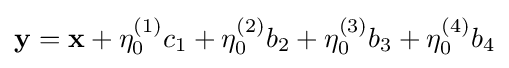
{\mathbf {y} =\mathbf {x} +\eta _{0}^{(1)}c_{1}+\eta _{0}^{(2)}b_{2}+\eta _{0}^{(3)}b_{3}+\eta _{0}^{(4)}b_{4}}